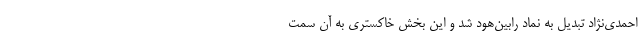
احمدی‌نژاد تبدیل به نماد رابین‌هود شد و این بخش خاکستری به آن سمت